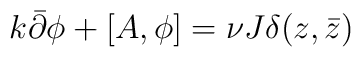
k\bar{\partial}\phi+[A,\phi]=\nu J \delta(z,\bar{z})